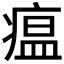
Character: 瘟